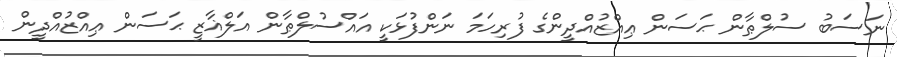
ނަސަބު ސުލްޠާން ޙަސަން ޢިއްޒުއްދީންގެ ފުރިހަމަ ނަންފުޅަކީ އައްސުލްޠާން އަލްޣާޒީ ޙަސަން ޢިއްޒުއްދީން